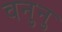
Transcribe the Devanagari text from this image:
वनुनु